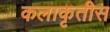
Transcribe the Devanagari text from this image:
कलाकृतीस